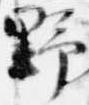
野